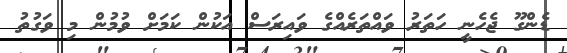
ޑެންގޫ ޖެހެނީ ހަތަރު ވައްތަރެއްގެ ވައިރަސް އަކުން ކަމަށް ވުމުން މި ވަގުތު